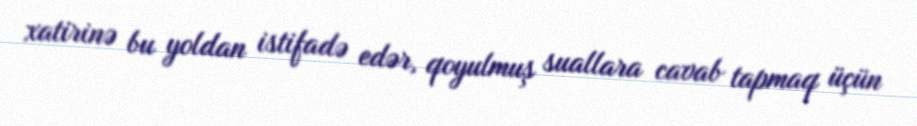
xatirinə bu yoldan istifadə edər, qoyulmuş suallara cavab tapmaq üçün